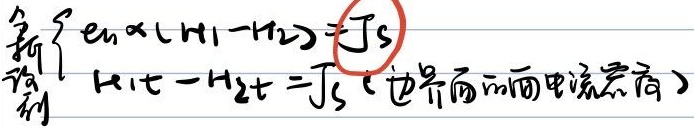
\[\begin{cases}U = IR_1+IR_2\\5\Omega=(2A - 1A)\times R_2\end{cases}\]